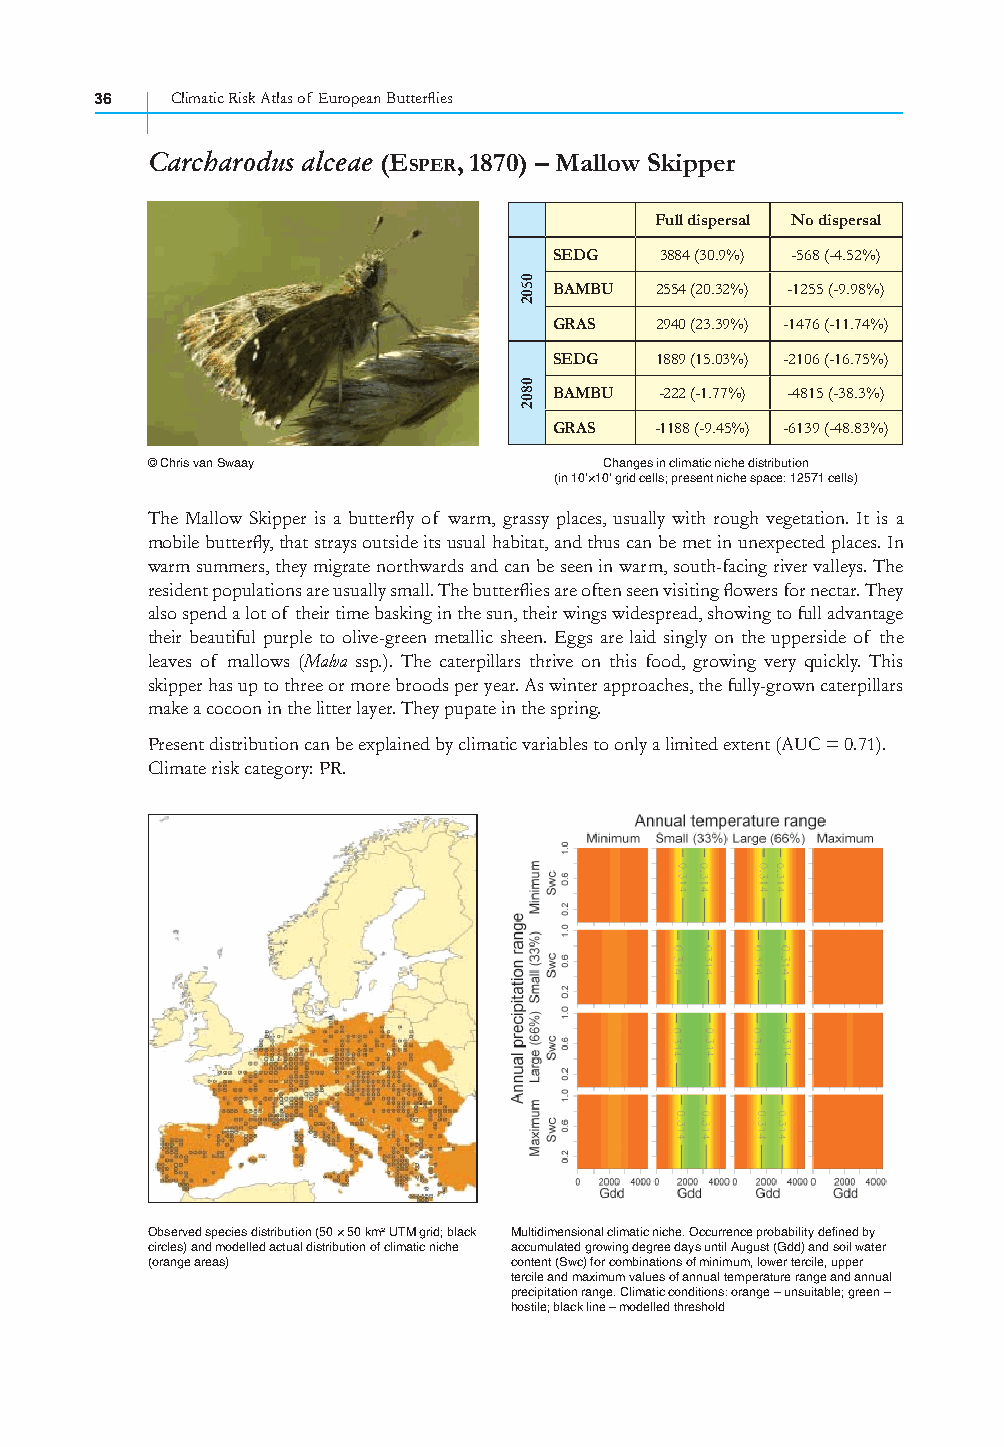
36   Climatic Risk Atlas of European Butterfl ies
 Carcharodus alceae (ESPER, 1870) – Mallow Skipper
 Full dispersal No dispersal
 SEDG   3884 (30.9%) -568 (-4.52%)
 BAMBU 2554 (20.32%) -1255 (-9.98%)
 GRAS  2940 (23.39%) -1476 (-11.74%)
 SEDG  1889 (15.03%) -2106 (-16.75%)
 BAMBU  -222 (-1.77%) -4815 (-38.3%)
 GRAS  -1188 (-9.45%) -6139 (-48.83%)
 © Chris van Swaay             Changes in climatic niche distribution
 (in 10’×10’ grid cells; present niche space: 12571 cells)
 The Mallow Skipper is a butterfl y of warm, grassy places, usually with rough vegetation. It is a
 mobile butterfl y, that strays outside its usual habitat, and thus can be met in unexpected places. In
 warm summers, they migrate northwards and can be seen in warm, south-facing river valleys. The
 resident populations are usually small. The butterfl ies are often seen visiting fl owers for nectar. They
 also spend a lot of their time basking in the sun, their wings widespread, showing to full advantage
 their beautiful purple to olive-green metallic sheen. Eggs are laid singly on the upperside of the
 leaves of mallows (Malva ssp.). The caterpillars thrive on this food, growing very quickly. This
 skipper has up to three or more broods per year. As winter approaches, the fully-grown caterpillars
 make a cocoon in the litter layer. They pupate in the spring.
 Present distribution can be explained by climatic variables to only a limited extent (AUC = 0.71).
 Climate risk category: PR.
 Observed species distribution (50 × 50 km² UTM grid; black Multidimensional climatic niche. Occurrence probability defined by
 circles) and modelled actual distribution of climatic niche accumulated growing degree days until August (Gdd) and soil water
 (orange areas)          content (Swc) for combinations of minimum, lower tercile, upper
 tercile and maximum values of annual temperature range and annual
 precipitation range. Climatic conditions: orange – unsuitable; green –
 hostile; black line – modelled threshold
 0502
 0802